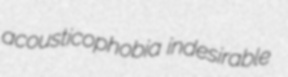
acousticophobia indesirable